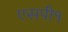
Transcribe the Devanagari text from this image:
एसपी१